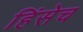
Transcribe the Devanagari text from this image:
हिंसेच